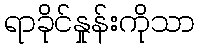
ရာခိုင်နှုန်းကိုသာ